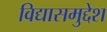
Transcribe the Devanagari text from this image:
विद्यासमुद्देश